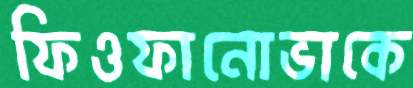
ফিওফানোভাকে